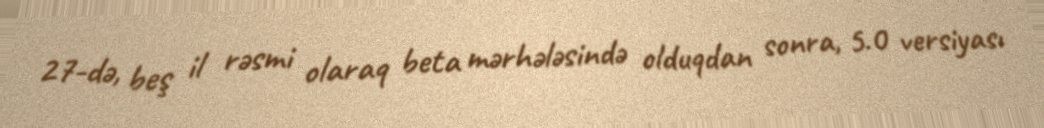
27-də, beş il rəsmi olaraq beta mərhələsində olduqdan sonra, 5.0 versiyası